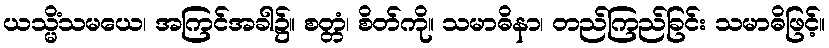
ယသ္မိံသမယေ၊ အကြင်အခါ၌။ စတ္တံ၊ စိတ်ကို။ သမာဓိနာ၊ တည်ကြည်ခြင်း သမာဓိဖြင့်။